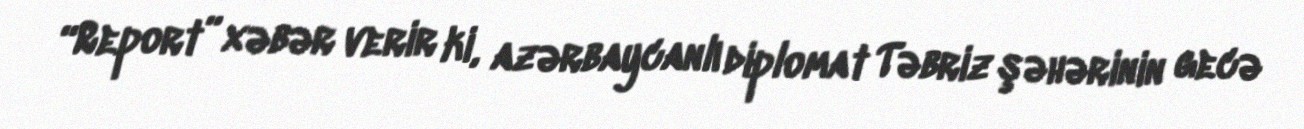
“Report” xəbər verir ki, azərbaycanlı diplomat Təbriz şəhərinin gecə